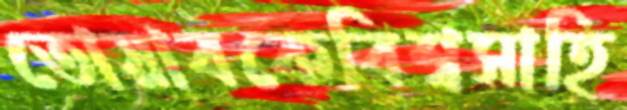
তোয়াবকেবিশ্বসাহি